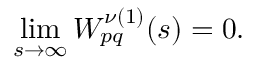
\operatorname* { l i m } _ { s \to \infty } W _ { p q } ^ { \nu ( 1 ) } ( s ) = 0 .